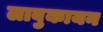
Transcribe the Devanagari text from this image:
लाबुकायन